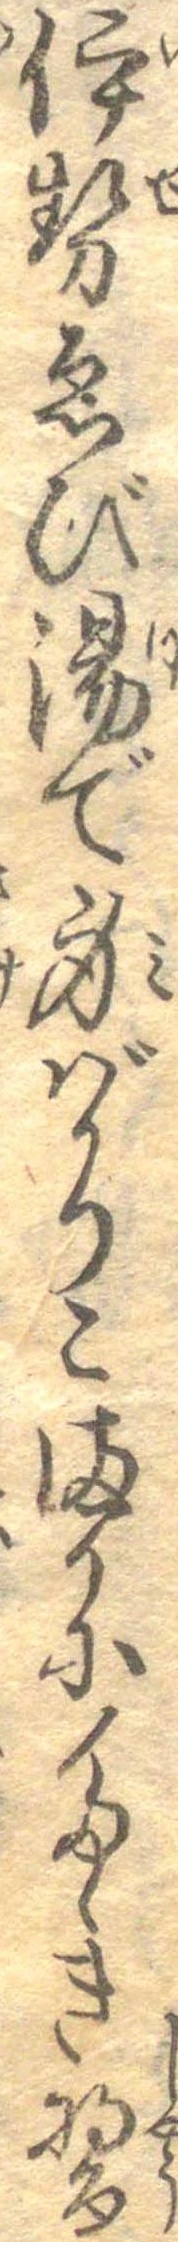
伊勢ゑび湯で身ばかりこまかにたゝき醤